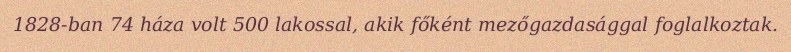
1828-ban 74 háza volt 500 lakossal, akik főként mezőgazdasággal foglalkoztak.